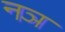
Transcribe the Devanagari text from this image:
नञ